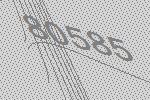
80585